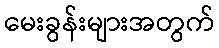
မေးခွန်းများအတွက်